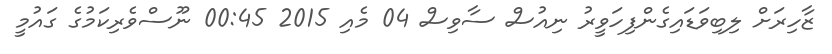
ޒާހިރަށް ލިބިވަޑައިގެންފިހަވީރު ނިއުސް ސާވިސް 04 މެއި 2015 00:45 ނޫސްވެރިކަމުގެ ގައުމީ